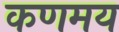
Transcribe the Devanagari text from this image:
कणमय